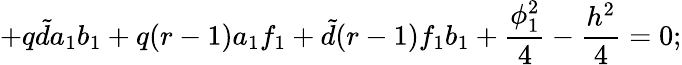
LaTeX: +q{\tilde{d}}a_{1}b_{1}+q(r-1)a_{1}f_{1}+{\tilde{d}}(r-1)f_{1}b_{1}+\frac{\phi_{1}^{2}}{4}-\frac{h^{2}}{4}=0;